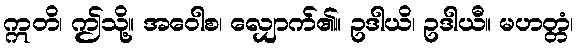
ဣတိ၊ ဤသို့။ အဝေါစ၊ လျှောက်၏။ ဥဒါယိ၊ ဥဒါယီ။ မဟတ္တံ၊